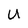
Character: U